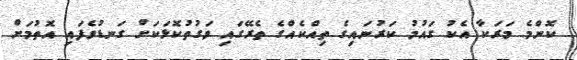
ކޮންމެ މަރަކާ އެކު ގައުމު ކަރުނައިގެ ތިއްކެއްގެ ތެރޭގައި ވަގުތުކޮޅަކަށް ގަނޑުވެފައި އޮތުމަށް